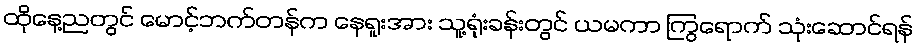
ထိုနေ့ညတွင် မောင့်ဘက်တန်က နေရူးအား သူ့ရုံးခန်းတွင် ယမကာ ကြွရောက် သုံးဆောင်ရန်